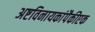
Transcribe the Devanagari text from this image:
अष्टविनायकांपैकीएक